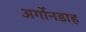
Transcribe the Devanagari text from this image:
अर्गोनडाह